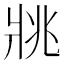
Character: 𤕷